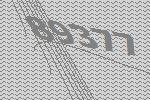
89377